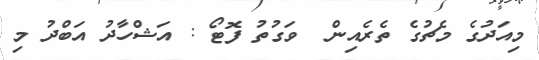
މިއަދުގެ މެޗުގެ ތެރެއިން  ވަގުތު ފޮޓޯ : އަޝްހާދު އަބްދު މި